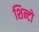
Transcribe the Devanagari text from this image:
शिन्टो